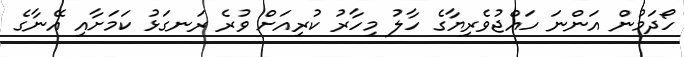
ހޯދަމުން އަންނަ ހައްޖުވެރިޔާގެ ހާލު މިހާރު ކުރިއަށް ވުރެ ރަނގަޅު ކަމަށާއި އޭނާގެ